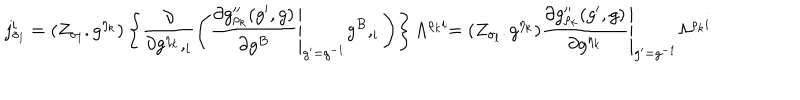
j _ { \sigma _ { l } } ^ { i } = ( Z _ { \sigma _ { l } } . g ^ { \eta _ { k } } ) \left\{ \frac { \partial } { \partial g ^ { \eta _ { k } } , _ { i } } \left( \left. \frac { \partial g _ { \rho _ { k } } ^ { \prime \prime } ( g ^ { \prime } , g ) } { \partial g ^ { B } } \right| _ { g ^ { \prime } = g ^ { - 1 } } g ^ { B } , _ { i } \right) \right\} \Lambda ^ { \rho _ { k } i } \left. = ( Z _ { \sigma _ { l } } . g ^ { \eta _ { k } } ) \frac { \partial g _ { \rho _ { k } } ^ { \prime \prime } ( g ^ { \prime } , g ) } { \partial g ^ { \eta _ { k } } } \right| _ { g ^ { \prime } = g ^ { - 1 } } \Lambda ^ { \rho _ { k } i }